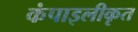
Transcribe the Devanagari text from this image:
कंपाइलीकृत